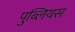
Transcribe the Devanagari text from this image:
पुब्लियस